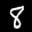
Label: 8